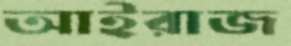
আইরাজ